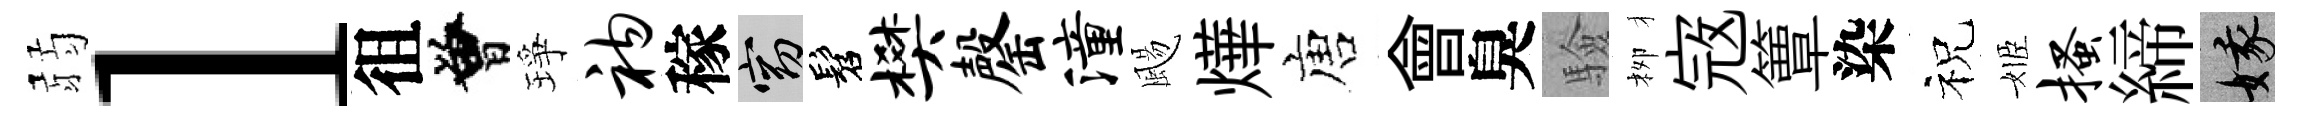
弱l徂曾琤衲稼窈髫樊罄潼颺燁唐會臭驗栁𡨥簟染祝姬搔締娥